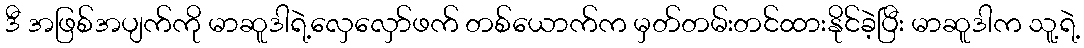
ဒီ အဖြစ်အပျက်ကို မာဆူဒါရဲ့လှေလှော်ဖက် တစ်ယောက်က မှတ်တမ်းတင်ထားနိုင်ခဲ့ပြီး မာဆူဒါက သူ့ရဲ့